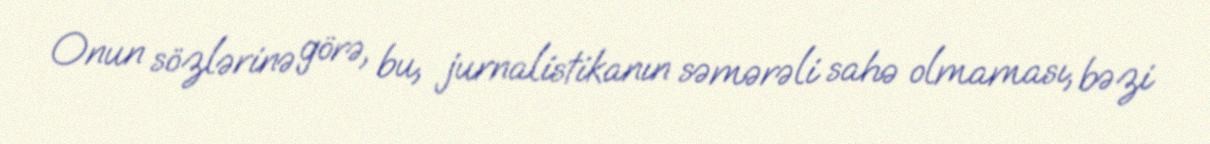
Onun sözlərinə görə, bu, jurnalistikanın səmərəli sahə olmaması, bəzi